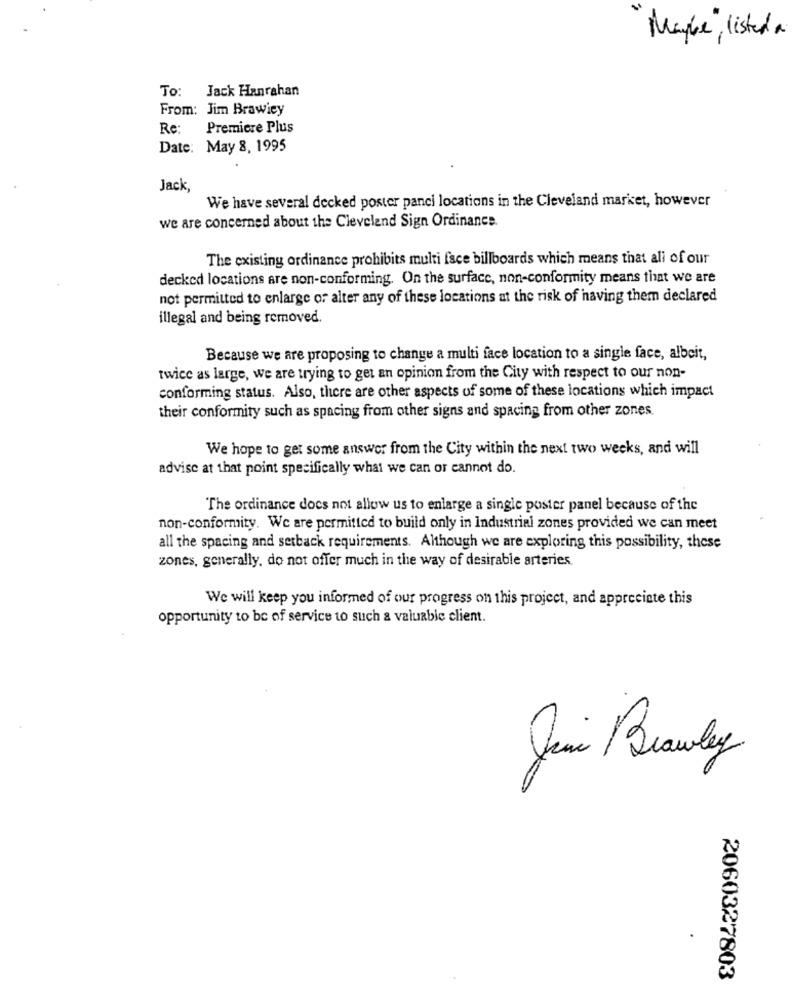
"Maybe,listed a
To: Jack Hanrahan
From: Jim Brawiey
Re:
Premiere Plus
Date: May 8, 1995
Jack,
We have several decked poster panci locations in the Cleveland market, however
we are concerned about the Cleveland Sign Ordinance.
The existing ordinance prohibits multi face billboards which means that all of our
decked locations are non-conforming. On the surface, non-conformity means that we are
not permitted to enlarge of alter any of these locations at the risk of having them declared
illegal and being removed.
Because we are proposing to change a multi face location to a single face, albeit,
twice as large, we are trying to get an opinion from the City with respect to our non-
conforming status. Also, there are other aspects of some of these locations which impact
their conformity such as spacing from other signs and spacing from other zones.
We hope to get some answer from the City within the next two weeks, and will
advise at that point specifically what we can or cannot do.
The ordinance does not allow us to enlarge a single poster panel because of the
non-conformity. We are permitted to build only in Industrial zones provided we can meet
all the spacing and setback requirements. Although we are exploring this possibility, these
zones, generally, do not offer much in the way of desirable arteries.
We will keep you informed of our progress on this project, and appreciate this
opportunity to be of service to such a valuable client.
Juan Brawly
2060327803